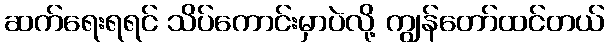
ဆက်ရေးရရင် သိပ်ကောင်းမှာပဲလို့ ကျွန်တော်ထင်တယ်